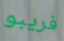
فريبو